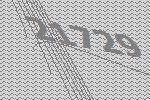
21729